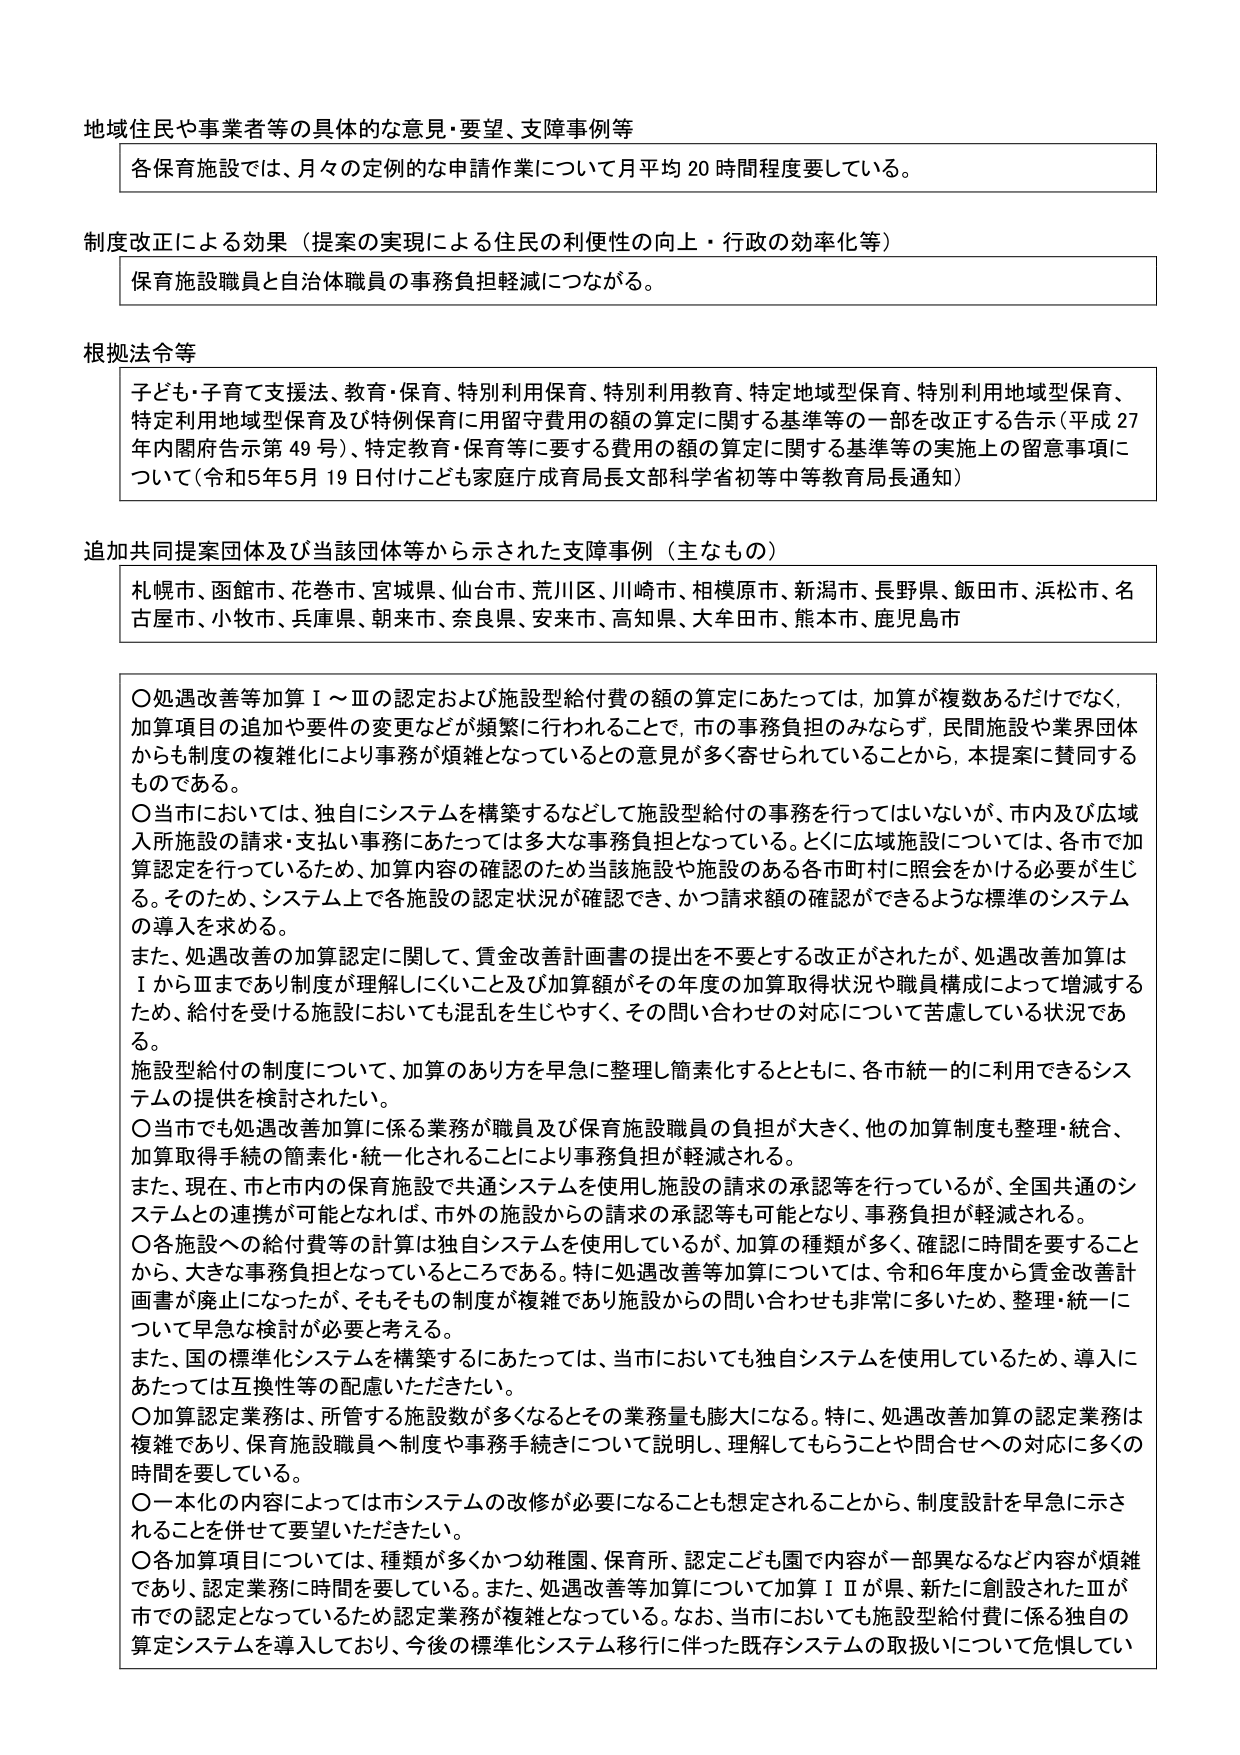
地域住民や事業者等の具体的な意見・要望、支障事例等
各保育施設では、月々の定例的な申請作業について月平均20時間程度要している。

制度改正による効果（提案の実現による住民の利便性の向上・行政の効率化等）
保育施設職員と自治体職員の事務負担軽減につながる。

根拠法令等
子ども・子育て支援法、教育・保育、特別利用保育、特別利用教育、特定地域型保育、特別利用地域型保育、特定利用地域型保育及び特例保育に用留守費用の額の算定に関する基準等の一部を改正する告示（平成27年内閣府告示第49号）、特定教育・保育等に要する費用の額の算定に関する基準等の実施上の留意事項について（令和5年5月19日付けこども家庭庁成育局長文部科学省初等中等教育局長通知）

追加共同提案団体及び当該団体等から示された支障事例（主なもの）
札幌市、函館市、花巻市、宮城県、仙台市、荒川区、川崎市、相模原市、新潟市、長野県、飯田市、浜松市、名古屋市、小牧市、兵庫県、朝来市、奈良県、安来市、高知県、大牟田市、熊本市、鹿児島市

〇処遇改善等加算Ⅰ～Ⅲの認定および施設型給付費の額の算定にあたっては、加算が複数あるだけでなく、加算項目の追加や要件の変更などが頻繁に行われることで、市の事務負担のみならず、民間施設や業界団体からも制度の複雑化により事務が煩雑となっているとの意見が多く寄せられていることから、本提案に賛同するものである。
〇当市においては、独自にシステムを構築するなどして施設型給付の事務を行ってはいないが、市内及び広域入所施設の請求・支払い事務にあたっては多大な事務負担となっている。とくに広域施設については、各市で加算認定を行っているため、加算内容の確認のため当該施設や施設のある各市町村に照会をかける必要が生じる。そのため、システム上で各施設の認定状況が確認でき、かつ請求額の確認ができるような標準のシステムの導入を求める。
また、処遇改善の加算認定に関して、賃金改善計画書の提出を不要とする改正がされたが、処遇改善加算はⅠからⅢまであり制度が理解しにくいこと及び加算額がその年度の加算取得状況や職員構成によって増減するため、給付を受ける施設においても混乱を生じやすく、その問い合わせの対応について苦慮している状況である。
施設型給付の制度について、加算のあり方を早急に整理し簡素化するとともに、各市統一的に利用できるシステムの提供を検討されたい。
〇当市でも処遇改善加算に係る業務が職員及び保育施設職員の負担が大きく、他の加算制度も整理・統合、加算取得手続の簡素化・統一化されることにより事務負担が軽減される。
また、現在、市と市内の保育施設で共通システムを使用し施設の請求の承認等を行っているが、全国共通のシステムとの連携が可能となれば、市外の施設からの請求の承認等も可能となり、事務負担が軽減される。
〇各施設への給付費等の計算は独自システムを使用しているが、加算の種類が多く、確認に時間を要することから、大きな事務負担となっているところである。特に処遇改善加算については、令和6年度から賃金改善計画書が廃止になったが、そもそもその制度が複雑であり施設からの問い合わせも非常に多いため、整理・統一について早急な検討が必要と考える。
また、国の標準化システムを構築するにあたっては、当市においても独自システムを使用しているため、導入にあたっては互換性等の配慮いただきたい。
〇加算認定業務は、所管する施設数が多くなるとその業務量も膨大になる。特に、処遇改善加算の認定業務は複雑であり、保育施設職員へ制度や事務手続きについて説明し、理解してもらうことや問合せへの対応に多くの時間を要している。
〇一本化の内容によっては市システムの改修が必要になることも想定されることから、制度設計を早急に示されることを併せて要望いただきたい。
〇各加算項目については、種類が多々かつ幼稚園、保育所、認定こども園で内容が一部異なるなど内容が煩雑であり、認定業務に時間を要している。また、処遇改善等加算について加算ⅠⅡが県、新たに創設されたⅢが市での認定となっているため認定業務が複雑となっている。なお、当市においても施設型給付費に係る独自の算定システムを導入しており、今後の標準化システム移行に伴った既存システムの取扱いについて危惧してい